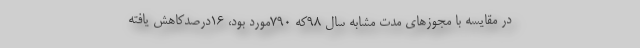
در مقایسه با مجوزهای مدت مشابه سال ۹۸که ۷۹۰مورد بود، ۱۶درصدکاهش یافته